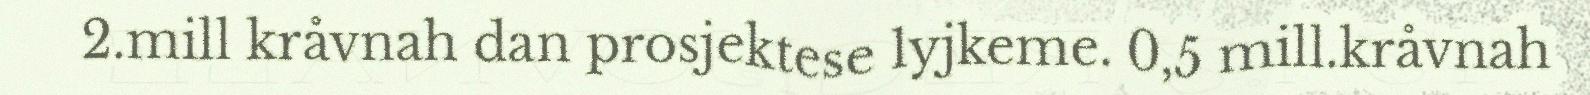
2.mill kråvnah dan prosjektese lyjkeme. 0,5 mill.kråvnah